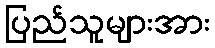
ပြည်သူများအား